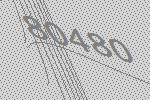
80480